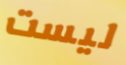
ليست